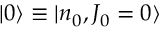
| 0 \rangle \equiv | n _ { 0 } , J _ { 0 } = 0 \rangle